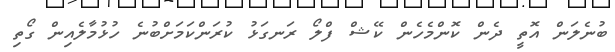
ބުނެލަން އޮތީ ދެން ކޮންމެހެން ކޭޝް ފްލޯ ރަނގަޅު ކުރަންކަމަށްބުނެ ހުޅުމާލެއިން ގޯތި